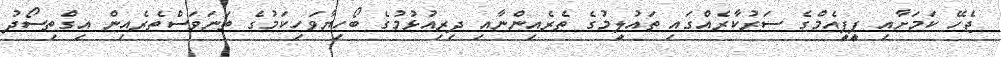
ޖެހޭ ކަމަށާއި ޕީޕީއެމްގެ ސަރުކާރެއްގައި ތައުލީމުގެ ތެރެއިންނާއި ދިރިއުޅުމުގެ ބޯހިޔާވަހިކަމުގެ ތަނަވަސްތެރެއިން އިގްތިސޯދު